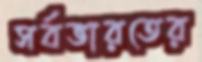
সর্বভারতের